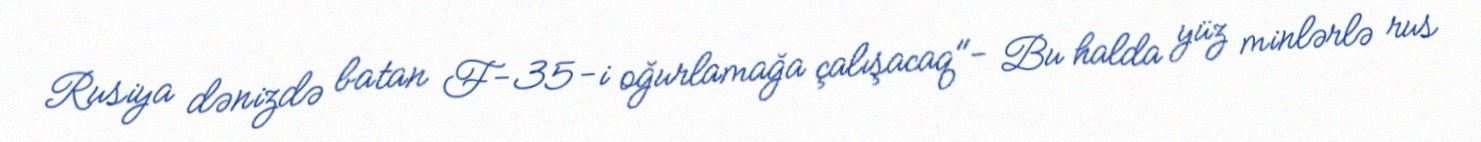
Rusiya dənizdə batan F-35-i oğurlamağa çalışacaq"- Bu halda yüz minlərlə rus